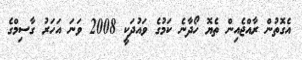
އެގޮތުން ރާއްޖެއިން ތެޔޮ ހޯދާނެ ކަމުގެ ވައުދަކީ 2008 ވަނަ އަހަރު ގާސިމްގެ